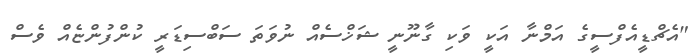
"އެޗްޑީއެފްސީގެ އަމްނާ އަކީ ވަކި ގާނޫނީ ޝަޚްސެއް ނުވަތަ ސަބްސިޑަރީ ކުންފުންޏެއް ވެސް